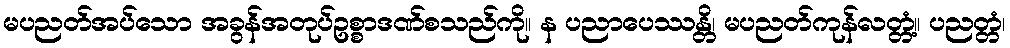
မပညတ်အပ်သော အခွန်အတုပ်ဥစ္စာဒဏ်စသည်ကို။ န ပညာပေဿန္တိ၊ မပညတ်ကုန်လတ္တံ့။ ပညတ္တံ၊